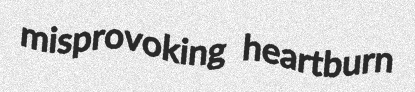
misprovoking heartburn